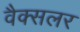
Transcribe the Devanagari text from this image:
वैक्सलर